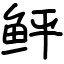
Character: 鲆